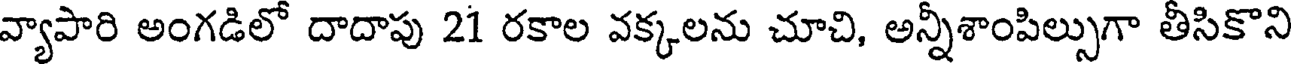
వ్యాపారి అంగడిలో దాదాపు 21 రకాల వక్కలను చూచి, అన్నీశాంపిల్సుగా తీసికొని